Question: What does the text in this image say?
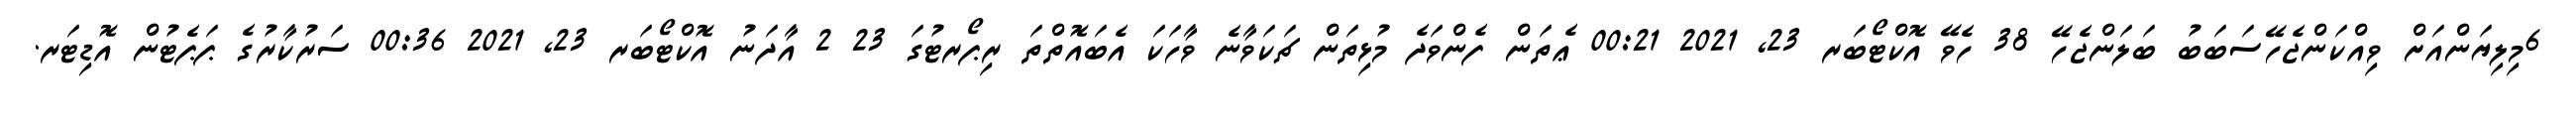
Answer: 6މިލިޔަންއަށް ވިއްކަންޖެހޭސަބަބު ބަލަންޖެހޭ 38 ހެވޭ އޮކްޓޯބަރ 23, 2021 00:21 ޢެތަން ފެންވަދެ މުޅިތަން ޗަކަވާނެ ވާހަކަ އެބައޮތްތަ ރިޕޯރޓުގަ 23 2 އާދަނު އޮކްޓޯބަރ 23, 2021 00:36 ސަރުކާރުގެ ޕަޕެޓުން އޮޑިޓަރ.